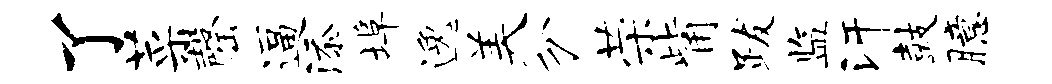
了菜罄逼添埠逸美分荣觜跋监汗鼓臆